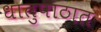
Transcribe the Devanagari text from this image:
धातुपाठात